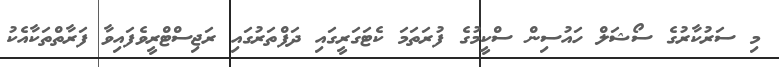
މި ސަރުކާރުގެ ސޯޝަލް ހައުސިން ސްކީމުގެ ފުރަތަމަ ކެޓަގަރީގައި ދަފްތަރުގައި ރަޖިސްޓްރީވެފައިވާ ފަރާތްތަކާއެކު